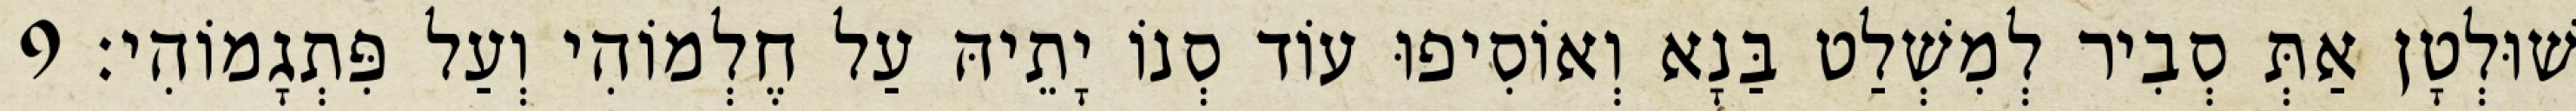
שׁוּלְטָן אַתְּ סְבִיר לְמִשְׁלַט בַּנָא וְאוֹסִיפוּ עוֹד סְנוֹ יָתֵיהּ עַל חֶלְמוֹהִי וְעַל פִּתְגָמוֹהִי׃ 9